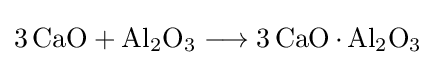
{3\,\mathrm {CaO} {}+{}\mathrm {Al} {\vphantom {A}}_{\smash[{t}]{2}}\mathrm {O} {\vphantom {A}}_{\smash[{t}]{3}}{}\mathrel {\longrightarrow } {}3\,\mathrm {CaO} \,{\cdot }\,\mathrm {Al} {\vphantom {A}}_{\smash[{t}]{2}}\mathrm {O} {\vphantom {A}}_{\smash[{t}]{3}}}